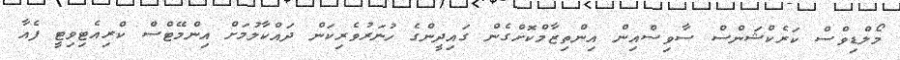
މޯލްޑިވްސް ކަރެކްޝަންސް ސާވިސްއިން އިންތިޒާމްކޮށްގެން ގައިދީންގެ ހުނަރުވެރިކަން ދައްކާލުމަށް އިންމޭޓްސް ކްރިއެޓިވިޓީ ފެއާ